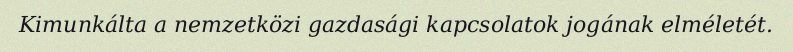
Kimunkálta a nemzetközi gazdasági kapcsolatok jogának elméletét.